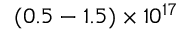
( 0 . 5 - 1 . 5 ) \times 1 0 ^ { 1 7 }